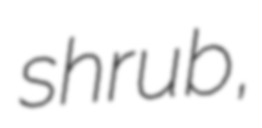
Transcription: shrub,